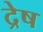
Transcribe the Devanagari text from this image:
द्रेष